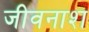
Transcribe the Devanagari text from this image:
जीवनाश